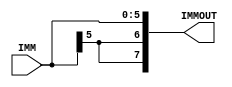
module signExtend(IMM, IMMOUT);
input [5:0]IMM;
output [7:0] IMMOUT;
reg [7:0] IMMOUT;

always@(*)begin
	IMMOUT={IMM[5], IMM[5], IMM[5:0]};
	end
endmodule